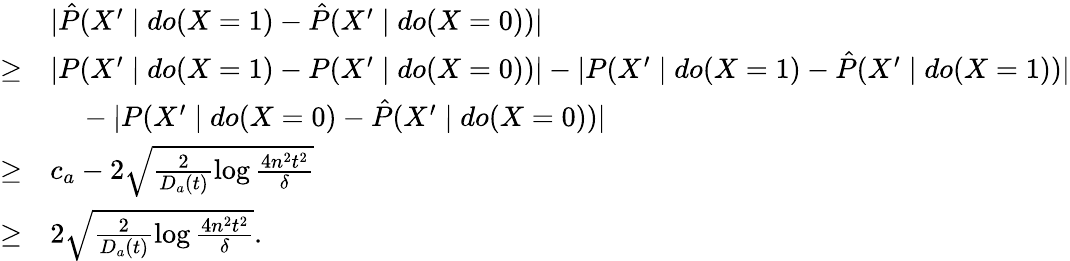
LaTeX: \begin{array}{rl}&{|\hat{P}(X^{\prime}\mid do(X=1)-\hat{P}(X^{\prime}\mid do(X=0))|}\\ {\ge}&{|P(X^{\prime}\mid do(X=1)-P(X^{\prime}\mid do(X=0))|-|P(X^{\prime}\mid do(X=1)-\hat{P}(X^{\prime}\mid do(X=1))|}\\ &{\ \ \ \ -|P(X^{\prime}\mid do(X=0)-\hat{P}(X^{\prime}\mid do(X=0))|}\\ {\ge}&{c_{a}-2\sqrt{\frac{2}{D_{a}(t)}\log\frac{4n^{2}t^{2}}{\delta}}}\\ {\ge}&{2\sqrt{\frac{2}{D_{a}(t)}\log\frac{4n^{2}t^{2}}{\delta}}.}\end{array}